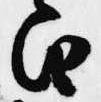
由